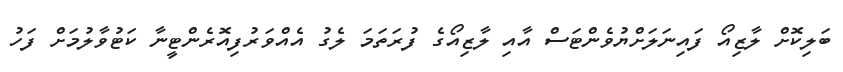
ބަލިކޮށް ލާޒިއޯ ފައިނަލަށްޔުވެންޓަސް އާއި ލާޒިއޯގެ ފުރަތަމަ ލެގު އެއްވަރުފިއޮރެންޓީނާ ކަޓުވާލުމަށް ފަހު